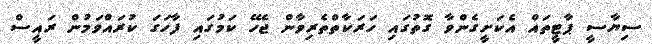
ސިޔާސީ ޕާޓީތައް އެކަށީގެންވާ ގޮތުގައި ހަރަކާތްތެރިވާން ޖެހޭ ކަމުގައި ފާހަގަ ކުރައްވަމުން ރައީސް